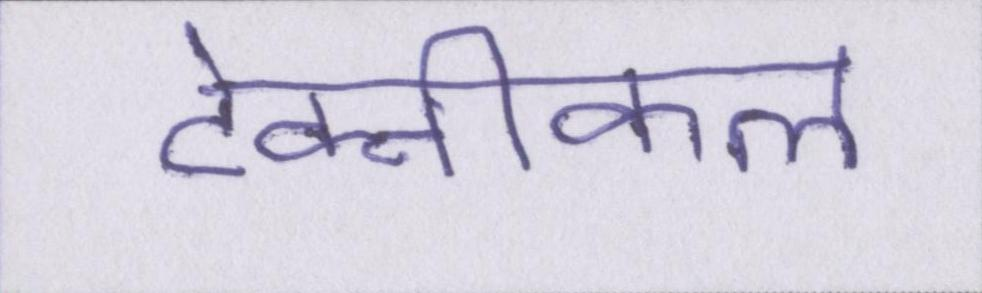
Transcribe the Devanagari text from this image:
टेक्नीकल